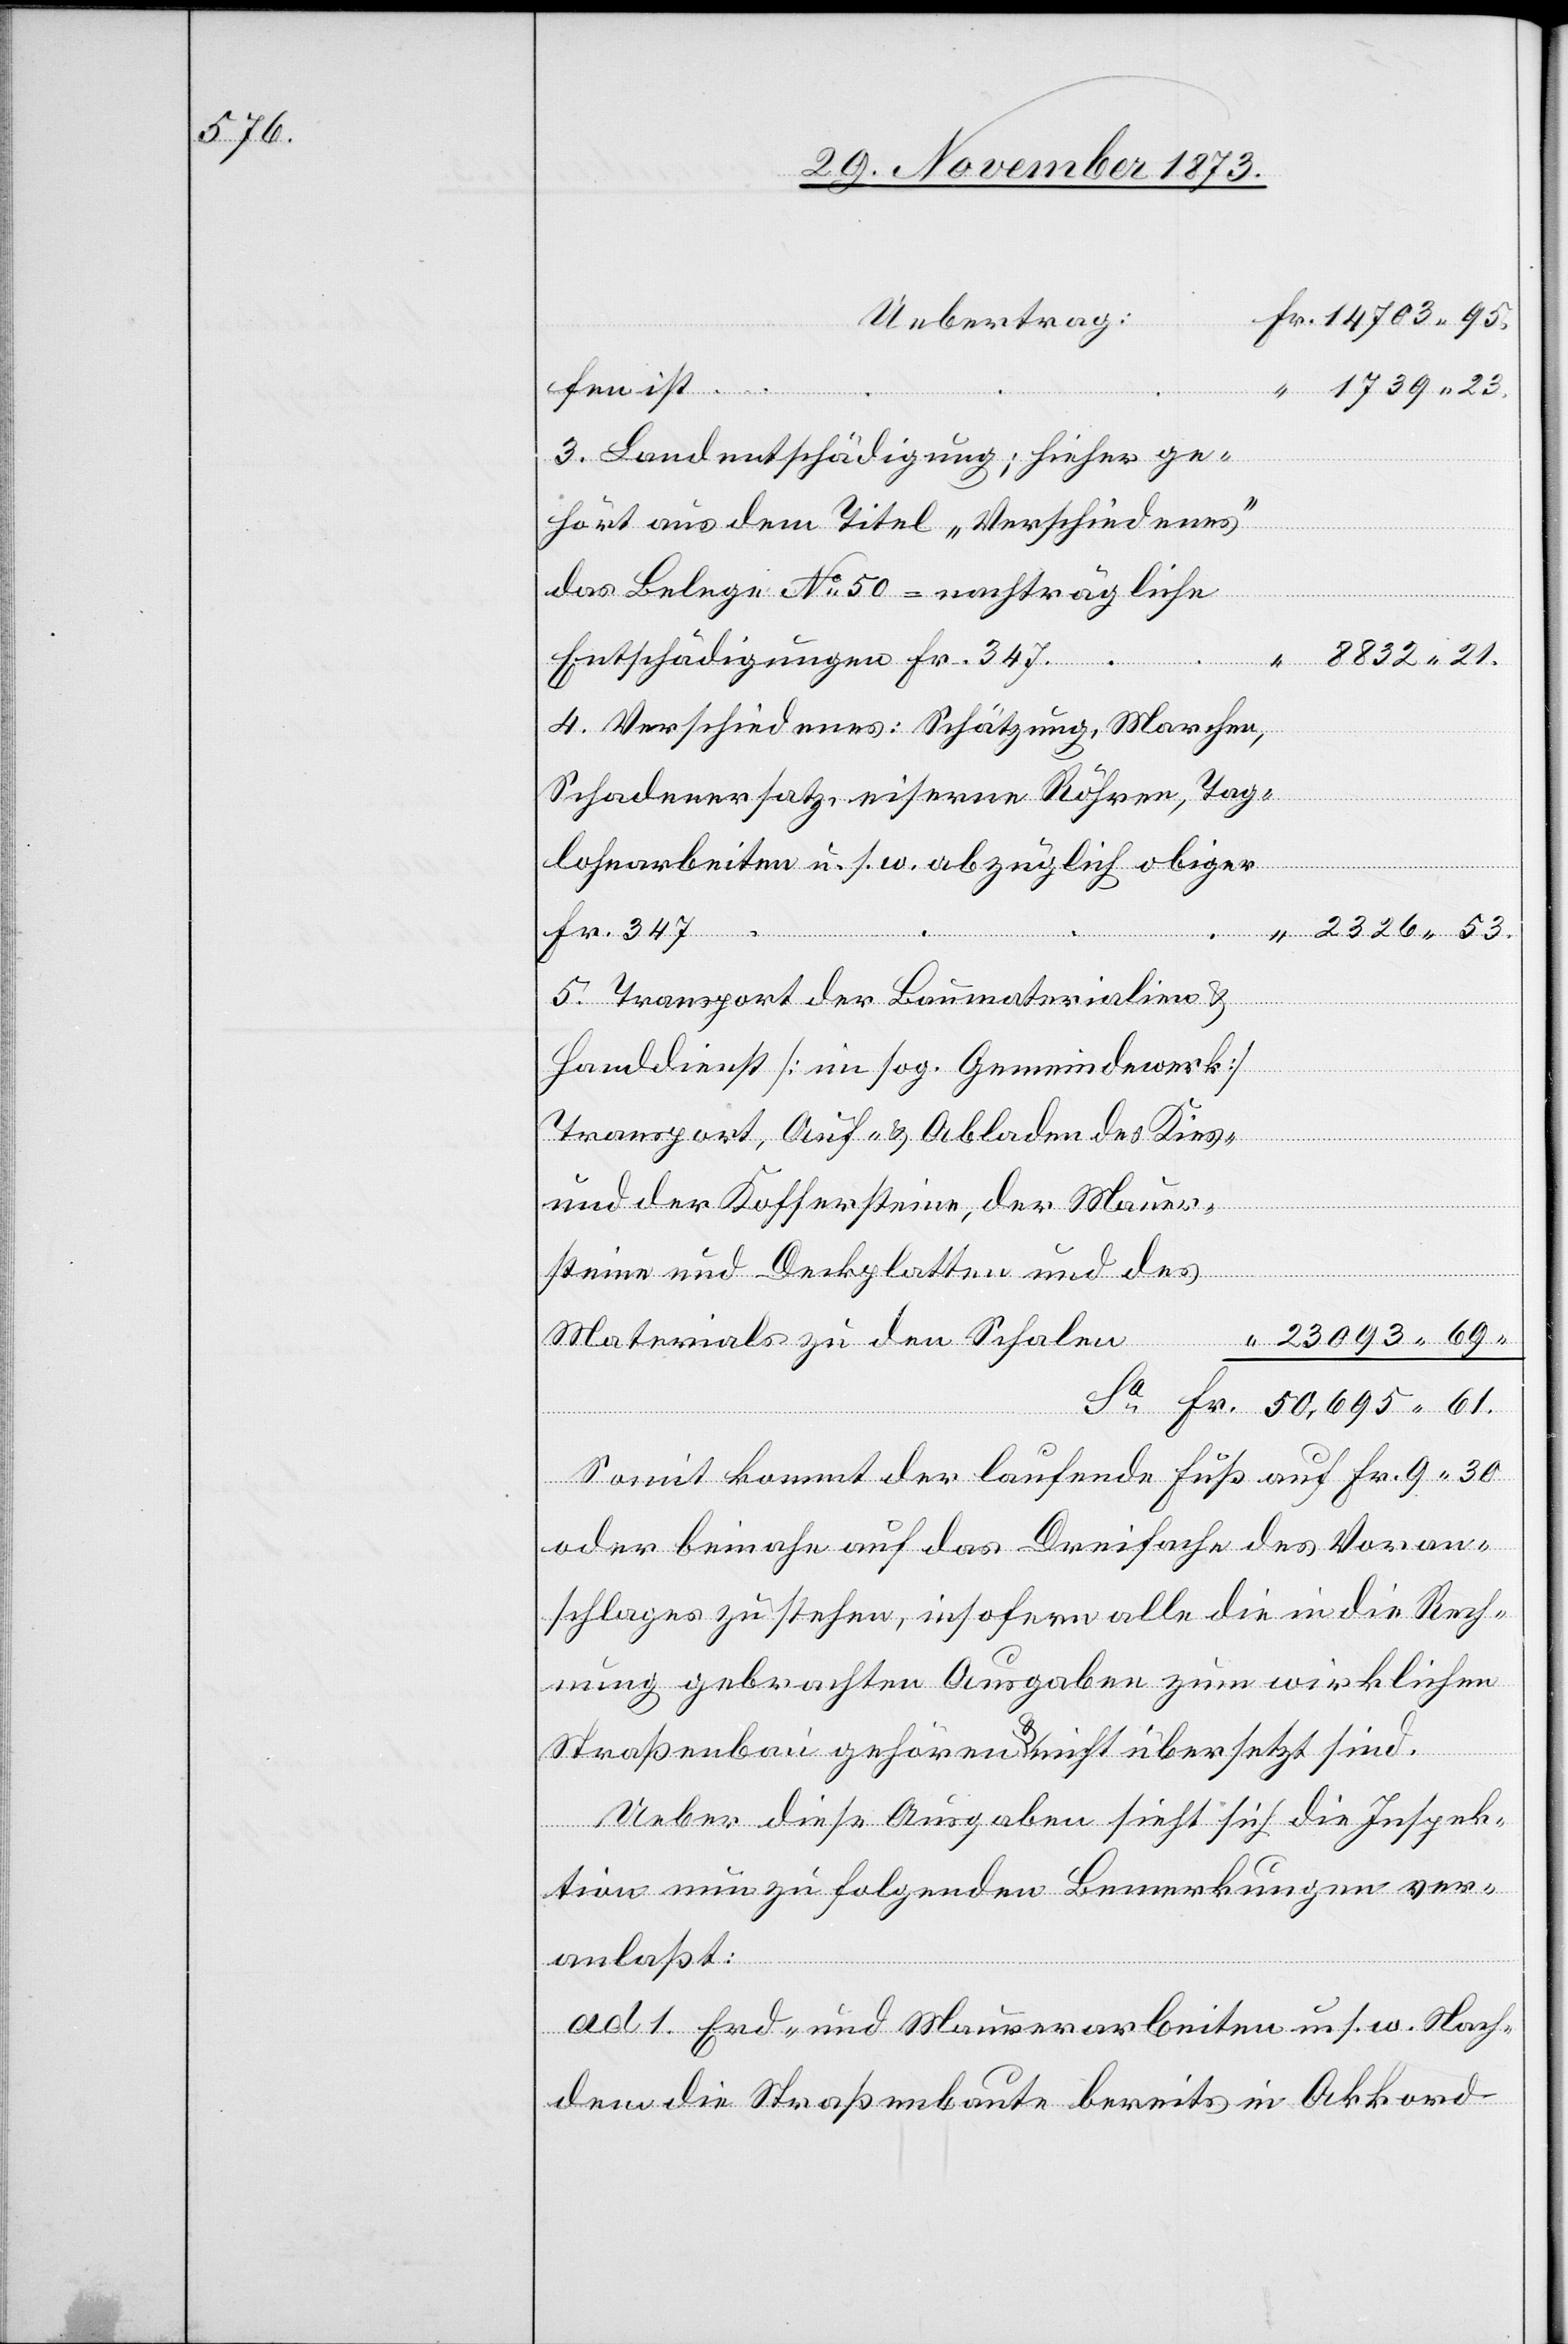
Uebertrag:
fen ist.
3. Landentschädigung; hieher ge¬
hört aus dem Titel „Verschiedenes“
das Belege No 50 = nachträgliche
61.
4. Verschiedenes: Schätzung, Marchen,
Schadenersatz, eiserne Röhren, Tag¬
lohnarbeiten u. s. w. abzüglich obiger
2 326 53.
Fr. 347.
5. Transport der Baumaterialien &
Handdienst [im sog. Gemeindewerk]
Transport, Auf- & Abladen des Kies-
und der Koffersteine, der Mauer¬
“
steine und Deckplatten und des
chädigungen
Materials zu den Schalen
Somit kommt der laufende Fuß auf Fr. 9 30
oder beinahe auf das Dreifache des Voran¬
schlages zu stehen, insofern alle die in die Rech¬
nung gebrachten Ausgaben zum wirklichen
Straßenbau gehören & nicht übersetzt sind.
Ueber diese Ausgaben sieht sich die Inspek¬
tion nun zu folgenden Bemerkungen ver¬
anlaßt:
ad 1. Erd- und Maurerarbeiten u. s. w. Nach¬
dem die Straßenbaute bereits in Akkord